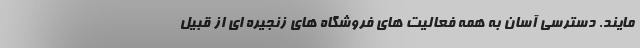
مایند. دسترسی آسان به همه فعالیت های فروشگاه های زنجیره ای از قبیل